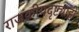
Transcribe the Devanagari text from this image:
राजकीयदृष्ट्याही